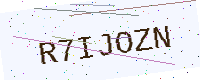
Text: R7IJOZN